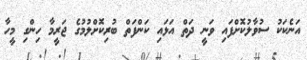
އަނެކަކު ސުވާލުކޮށްފައި ވަނީ ދަތް އަޅައި ކަންފަތް ބުރިކޮށްލުމުގެ ޖަރީމާ ހިންގި މީހާ